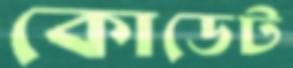
কোডেট